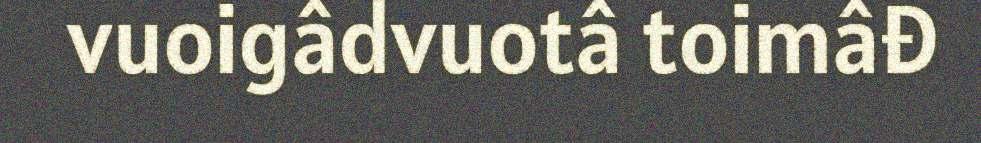
vuoigâdvuotâ toimâđ